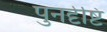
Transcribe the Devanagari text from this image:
पुनर्दृष्टि